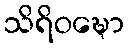
သိရိဝဍ္ဎော